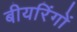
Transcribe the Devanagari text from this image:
बीयरिंगों